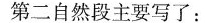
第二自然段主要写了：